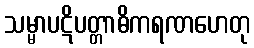
သမ္မာပဋိပတ္တာဓိကရဏဟေတု